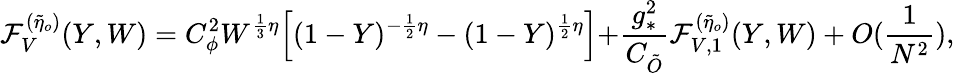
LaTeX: {\cal{F}}_{V}^{(\tilde{\eta}_{o})}(Y,W)=C_{\phi}^{2}W^{\frac{1}{3}\eta}\Bigl[(1-Y)^{-\frac{1}{2}\eta}-(1-Y)^{\frac{1}{2}\eta}\Bigl]+\frac{g_{*}^{2}}{C_{\tilde{O}}}{\cal{F}}_{V,1}^{(\tilde{\eta}_{o})}(Y,W)+O(\frac{1}{N^{2}}),